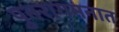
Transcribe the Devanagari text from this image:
पुनरागमनात